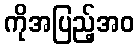
ကိုအပြည့်အဝ